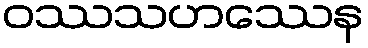
ဝဿသဟဿေန